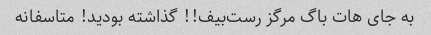
به جای هات باگ مرگز رست‌بیف!! گذاشته بودید! متاسفانه